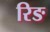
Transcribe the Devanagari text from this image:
रिङ